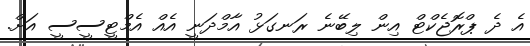
އެ ދެ ޕްރޮޖެކްޓް އިން ލިބޭނެ ރަނގަޅު އާމްދަނީ އެއް އެމްޓީސީސީ އަށް.